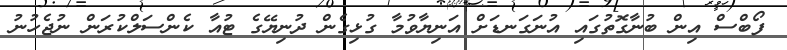
ފޯބްސް އިން ބުނާގޮތުގައި އުނަގަނޑަށް އަނިޔާވުމާ ގުޅިގެން ދުނިޔޭގެ ޓުއާ ކެންސަލްކުރަން ނުޖެހުނު